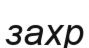
захр